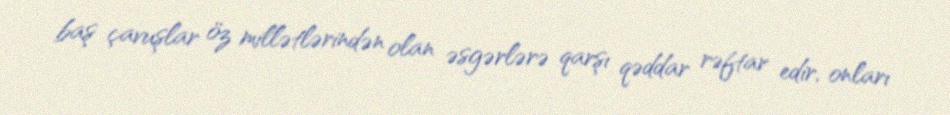
baş çavuşlar öz millətlərindən olan əsgərlərə qarşı qəddar rəftar edir, onları